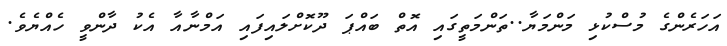
އަހަރެންގެ މުސްކުޅި މަންމަޔާ..ތަންމަތީގައި އޮތް ބައްޕަ ދޫކޮށްލައިފައި އަމްނާއާ އެކު ދާންވީ ހެއްޔެވެ.